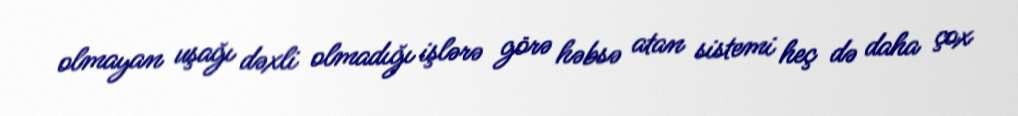
olmayan uşağı dəxli olmadığı işlərə görə həbsə atan sistemi heç də daha çox